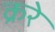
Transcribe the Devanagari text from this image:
क्ररे